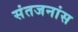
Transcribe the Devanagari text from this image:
संतजनांस